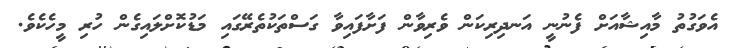
އެވަގުތު މާއިޝާއަށް ފެނުނީ އަނދިރިކަން ވެރިވާން ފަށާފައިވާ ގަސްތަކުތެރޭގައި މަޑުކޮށްލައިގެން ހުރި މީހެކެވެ.